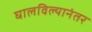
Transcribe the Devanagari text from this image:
घालविल्यानंतर